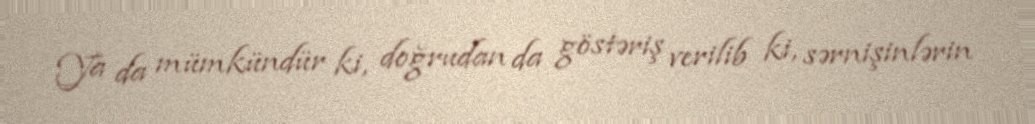
Ya da mümkündür ki, doğrudan da göstəriş verilib ki, sərnişinlərin